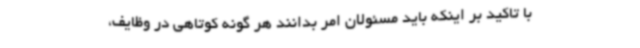
با تاکید بر اینکه باید مسئولان امر بدانند هر گونه کوتاهی در وظایف،